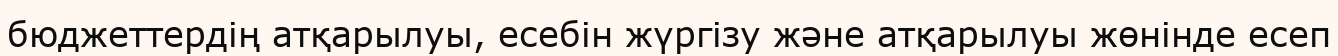
бюджеттердің атқарылуы, есебін жүргізу және атқарылуы жөнінде есеп